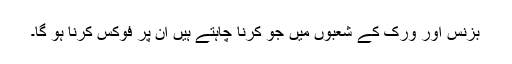
بزنس اور ورک کے شعبوں میں جو کرنا چاہتے ہیں ان پر فوکس کرنا ہو گا۔